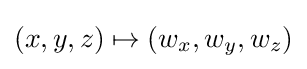
(x,y,z)\mapsto (w_{x},w_{y},w_{z})